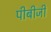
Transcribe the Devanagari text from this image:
पीबीजी